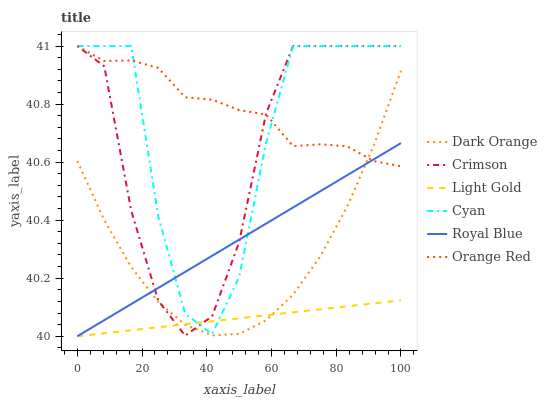
| xaxis_label | Dark Orange | Crimson | Light Gold | Cyan | Royal Blue | Orange Red |
 | --- | --- | --- | --- | --- | --- | --- |
 | 0 | 40.6 | 41 | 40 | 41 | 40 | 41 |
 | 8.33 | 40.4 | 40.9 | 40 | 41 | 40.1 | 40.9 |
 | 16.7 | 40.2 | 40.4 | 40 | 41 | 40.1 | 41 |
 | 25 | 40.1 | 40.1 | 40 | 40.4 | 40.2 | 40.9 |
 | 33.3 | 40 | 40 | 40 | 40.1 | 40.2 | 40.8 |
 | 41.7 | 40 | 40.1 | 40.1 | 40 | 40.3 | 40.8 |
 | 50 | 40 | 40.3 | 40.1 | 40.2 | 40.3 | 40.8 |
 | 58.3 | 40.1 | 40.8 | 40.1 | 40.7 | 40.4 | 40.8 |
 | 66.7 | 40.1 | 41 | 40.1 | 41 | 40.4 | 40.7 |
 | 75 | 40.3 | 41 | 40.1 | 41 | 40.5 | 40.7 |
 | 83.3 | 40.4 | 41 | 40.1 | 41 | 40.6 | 40.7 |
 | 91.7 | 40.7 | 41 | 40.1 | 41 | 40.6 | 40.6 |
 | 100 | 40.9 | 41 | 40.1 | 41 | 40.7 | 40.6 |